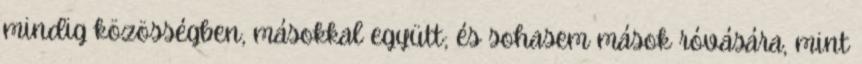
mindig közösségben, másokkal együtt; és sohasem mások róvására, mint